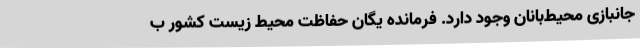
جانبازی محیط‌بانان وجود دارد. فرمانده یگان حفاظت محیط زیست کشور ب